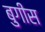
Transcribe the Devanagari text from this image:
बुगीस